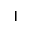
\vert